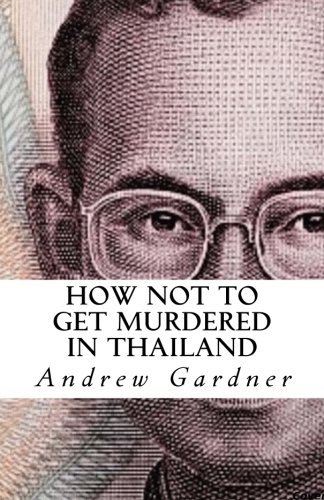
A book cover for How Not To Get Murdered In Thailand; Andrew Gardner; Travel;